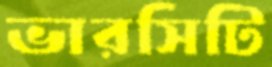
ভারসিটি